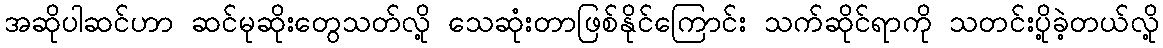
အဆိုပါဆင်ဟာ ဆင်မုဆိုးတွေသတ်လို့ သေဆုံးတာဖြစ်နိုင်ကြောင်း သက်ဆိုင်ရာကို သတင်းပို့ခဲ့တယ်လို့